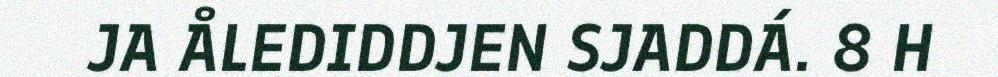
JA ÅLEDIDDJEN SJADDÁ. 8 H